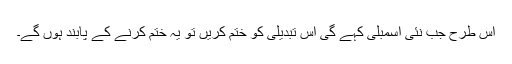
اس طرح جب نئی اسمبلی کہے گی اس تبدیلی کو ختم کریں تو یہ ختم کرنے کے پابند ہوں گے۔